Dysentery and liver abscess in Bombay - Number 47
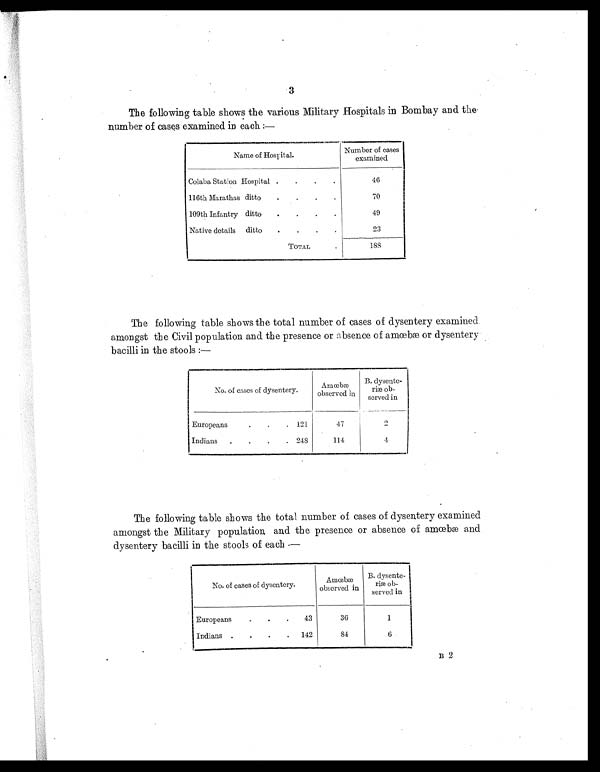
3
The following table shows the various Military Hospitals in Bombay and the
number of cases examined in each:—
Name of Hospital.
Number of cases
examined
Colaba Station Hospital .
.
.
.
46
116th Marathas ditto
.
.
.
.
70
109th Infantry ditto
.
.
.
.
49
Native details ditto
.
.
.
.
23
TOTAL
.
188
The following table shows the total number of cases of dysentery examined
amongst the Civil population and the presence or absence of amœbæ or dysentery
bacilli in the stools :—
No. of cases of dysentery.
A m œ b æ
observed in
B. dysente-
r i æ o b -
served in
Europeans
.
.
. 121
47
2
Indians
.
.
. . 248
114
4
The following table shows the total number of cases of dysentery examined
amongst the Military population and the presence or absence of amœbæ and
dysentery bacilli in the stools of each :—
No. of cases of dysentery.
Amœbæ
observed in
B. dysente-
riæ ob-
served in
Europeans
.
.
. 43
36
1
Indians .
.
. . 142
84
6
B 2